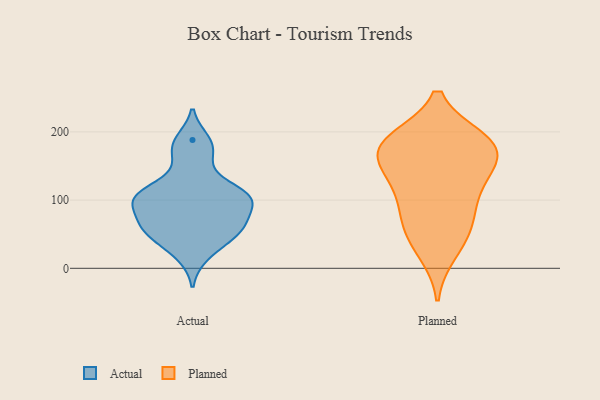
{"axis": {"x": "Tickets Resolved", "y": "Value"}, "legend": ["Actual", "Planned"], "data": [{"x": "", "y": 188, "type": "Actual"}, {"x": "", "y": 107, "type": "Actual"}, {"x": "", "y": 41, "type": "Actual"}, {"x": "", "y": 179, "type": "Actual"}, {"x": "", "y": 61, "type": "Actual"}, {"x": "", "y": 61, "type": "Actual"}, {"x": "", "y": 103, "type": "Actual"}, {"x": "", "y": 60, "type": "Actual"}, {"x": "", "y": 121, "type": "Actual"}, {"x": "", "y": 48, "type": "Actual"}, {"x": "", "y": 108, "type": "Actual"}, {"x": "", "y": 91, "type": "Actual"}, {"x": "", "y": 108, "type": "Actual"}, {"x": "", "y": 96, "type": "Actual"}, {"x": "", "y": 18, "type": "Actual"}, {"x": "", "y": 76, "type": "Actual"}, {"x": "", "y": 158, "type": "Actual"}, {"x": "", "y": 177, "type": "Planned"}, {"x": "", "y": 186, "type": "Planned"}, {"x": "", "y": 24, "type": "Planned"}, {"x": "", "y": 171, "type": "Planned"}, {"x": "", "y": 45, "type": "Planned"}, {"x": "", "y": 186, "type": "Planned"}, {"x": "", "y": 70, "type": "Planned"}, {"x": "", "y": 146, "type": "Planned"}, {"x": "", "y": 71, "type": "Planned"}, {"x": "", "y": 100, "type": "Planned"}, {"x": "", "y": 131, "type": "Planned"}, {"x": "", "y": 125, "type": "Planned"}, {"x": "", "y": 173, "type": "Planned"}, {"x": "", "y": 188, "type": "Planned"}]}